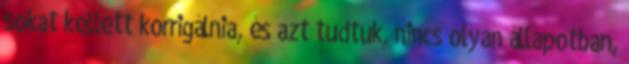
sokat kellett korrigálnia, és azt tudtuk, nincs olyan állapotban,